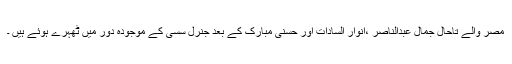
مصر والے تاحال جمال عبدالناصر ،انوار السادات اور حسنی مبارک کے بعد جنرل سسی کے موجودہ دور میں ٹھہرے ہوئے ہیں ۔